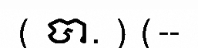
( បា. ) (--